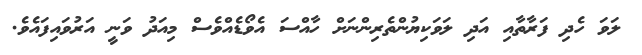
ލަވަ ހެދި ފަރާތާއި އަދި ލަވަކިޔުންތެރިންނަށް ހާއްސަ އެވޯޑެއްވެސް މިއަދު ވަނީ އަރުވައިފައެވެ.